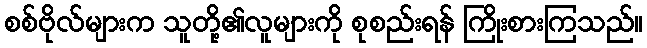
စစ်ဗိုလ်များက သူတို့၏လူများကို စုစည်းရန် ကြိုးစားကြသည်။